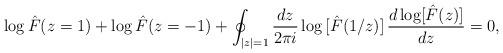
LaTeX: \begin{align*}{{\log}\, \hat{F}(z=1)+{\log} \,\hat{F}(z=-1)}+\oint_{|z|=1} \frac{d z}{2\pi i }\, {\log}\, [\hat{F}(1/z)]\,\frac{d\,{\log}[\hat{F}(z)]}{d z}=0,\end{align*}